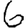
Digit: 6